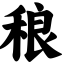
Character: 稂